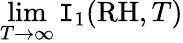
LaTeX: \operatorname*{lim}_{T\rightarrow\infty}\mathtt{I}_{1}(\mathrm{{RH}},T)